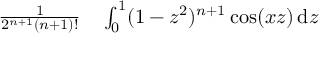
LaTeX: \begin{array} { r l } { { \frac { 1 } { 2 ^ { n + 1 } ( n + 1 ) ! } } } & { { } \int _ { 0 } ^ { 1 } ( 1 - z ^ { 2 } ) ^ { n + 1 } \cos ( x z ) \, \mathrm { d } z } \end{array}